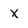
Character: X